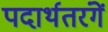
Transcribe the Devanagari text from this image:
पदार्थतरंगें